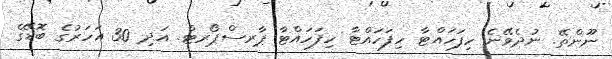
ނޫންތޭ. ނުދެވޭނެ ހިފަހައްޓާ ހިފަހައްޓާ ހިފަހައްޓާ ޕާރސްޕޯރޓް. އަދި 30 އަހަރުގެ ބޮޑޭގެ